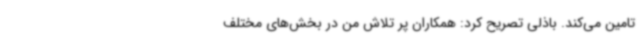
تامین می‌کند. باذلی تصریح کرد: همکاران پر تلاش من در بخش‌های مختلف